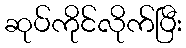
ဆုပ်ကိုင်လိုက်ပြီး